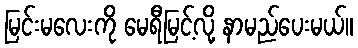
မြင်းမလေးကို မေရီမြင့်လို့ နာမည်ပေးမယ်။